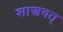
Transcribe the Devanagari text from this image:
शास्त्रवत्‌